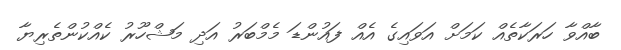
ބާއްވާ ހަރަކާތެއް ކަމަށް އަވައިގެ އެއް ފައުންޑަ މެމްބަރު އަދި މަޝްހޫރު ކެއްކުންތެރިޔާ